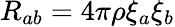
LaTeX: R_{ab}=4\pi\rho\xi_{a}\xi_{b}